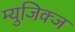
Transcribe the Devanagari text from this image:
म्युजिक्ज